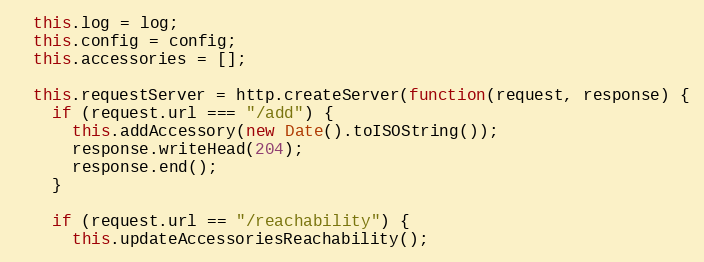
Language: JavaScript
  this.log = log;
  this.config = config;
  this.accessories = [];

  this.requestServer = http.createServer(function(request, response) {
    if (request.url === "/add") {
      this.addAccessory(new Date().toISOString());
      response.writeHead(204);
      response.end();
    }

    if (request.url == "/reachability") {
      this.updateAccessoriesReachability();